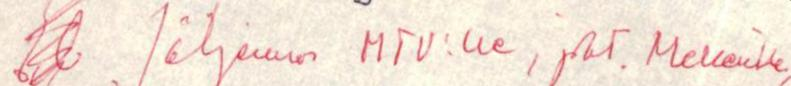
Yl Jäljennös MTV:lle, joht. Mellerille,